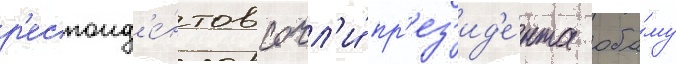
р'еспонд'е́нтов сочл'и́ пр'ез'ид'е́нта оба́му